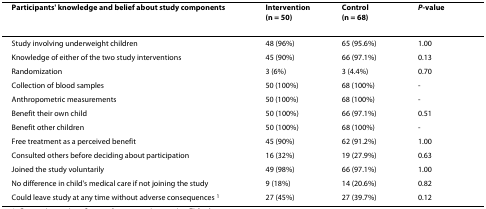
| Participants' knowledge and belief about study components | Intervention(n = 50) | Control(n = 68) | P-value |
 | --- | --- | --- | --- |
 | Study involving underweight children | 48 (96%) | 65 (95.6%) | 1.00 |
 | Knowledge of either of the two study interventions | 45 (90%) | 66 (97.1%) | 0.13 |
 | Randomization | 3 (6%) | 3 (4.4%) | 0.70 |
 | Collection of blood samples | 50 (100%) | 68 (100%) | - |
 | Anthropometric measurements | 50 (100%) | 68 (100%) | - |
 | Benefit their own child | 50 (100%) | 66 (97.1%) | 0.51 |
 | Benefit other children | 50 (100%) | 68 (100%) | - |
 | Free treatment as a perceived benefit | 45 (90%) | 62 (91.2%) | 1.00 |
 | Consulted others before deciding about participation | 16 (32%) | 19 (27.9%) | 0.63 |
 | Joined the study voluntarily | 49 (98%) | 66 (97.1%) | 1.00 |
 | No difference in child's medical care if not joining the study | 9 (18%) | 14 (20.6%) | 0.82 |
 | Could leave study at any time without adverse consequences 1 | 27 (45%) | 27 (39.7%) | 0.12 |